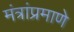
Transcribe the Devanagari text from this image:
मंत्रांप्रमाणे